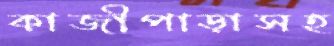
কাজীপাড়াসহ